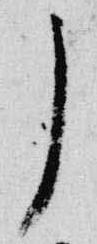
了